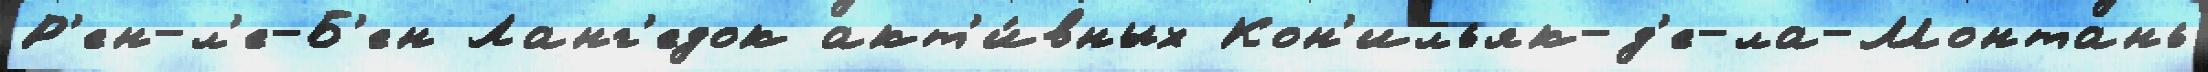
Р'ен-л'е-Б'ен Ланг'едок акт'и́вных Кон'ильяк-д'е-ла-Монтань